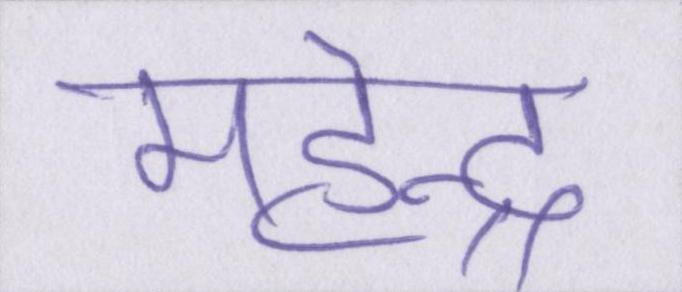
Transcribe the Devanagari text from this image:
महेन्द्र